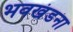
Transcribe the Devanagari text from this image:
भवखंडना